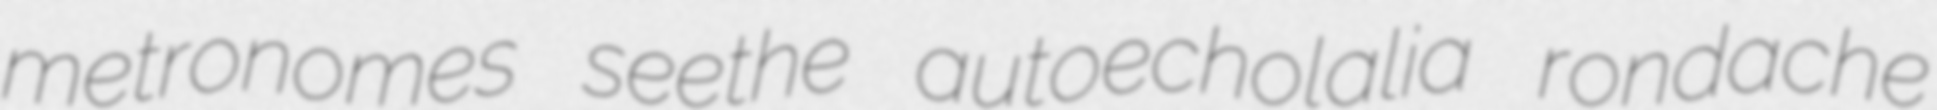
metronomes seethe autoecholalia rondache